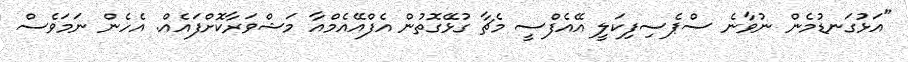
"އަޅުގަނޑުމެން ނުވާނެ ސްޕެސިފިކަލީ އޭއެފްސީ މެޗާ ގުޅޭގޮތުން އެފްއޭއެމްއާ މަޝްވަރާކޮށްފައެއް. އެހެން ނަމަވެސް